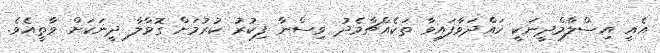
އެއީ އިސްލާމްދީނަކީ ހައްދަވާފައިވާ ތަކެއްޗާމެދު ވިސްނާ ފިކުރު ކުރުމަށް ގޮވާލާ ދީނަކަށް ވާތީއެވެ.